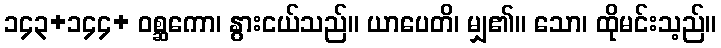
၁၄၃+၁၄၄+ ဝစ္ဆကော၊ နွားငယ်သည်။ ယာပေတိ၊ မျှ၏။ သော၊ ထိုမင်းသ့ည်။